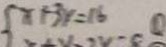
x + 3 y = 1 0